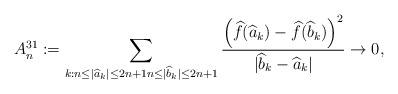
\begin{align*}A^{31}_n:= \sum_{k: n\leq |\widehat{a}_k|\leq 2n+1n\leq |\widehat{b}_k|\leq 2n+1}\frac{\left(\widehat{f}(\widehat{a}_k)-\widehat{f}(\widehat{b}_k)\right)^2}{|\widehat{b}_k-\widehat{a}_k|}\rightarrow 0,\end{align*}